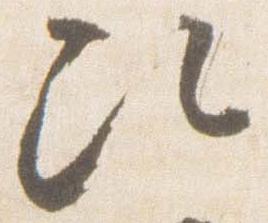
次